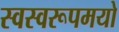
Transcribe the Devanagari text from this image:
स्वस्वरूपमयो